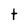
Character: t